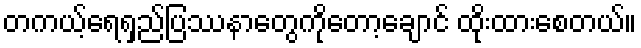
တကယ့်ရေရှည်ပြဿနာတွေကိုတော့ချောင် ထိုးထားစေတယ်။